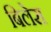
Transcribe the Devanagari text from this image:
बिलेस